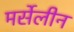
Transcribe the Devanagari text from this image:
मर्सेलीन